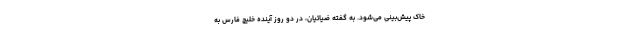
خاک پیش‌بینی می‌شود. به گفته ضیائیان، در دو روز آینده خلیج فارس به